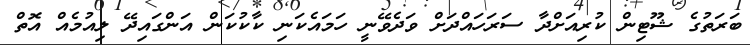
ބަރަތުގެ ޝޫޓިން ކުރިއަށްދާ ސަރަހައްދަށް ވަދެވޭނީ ހަމައެކަނި ކާކުކަން އަންގައިދޭ ލިއުމެއް އޮތް